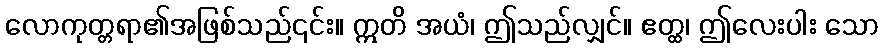
လောကုတ္တရာ၏အဖြစ်သည်၎င်း။ ဣတိ အယံ၊ ဤသည်လျှင်။ ဧတ္ထ၊ ဤလေးပါး သော